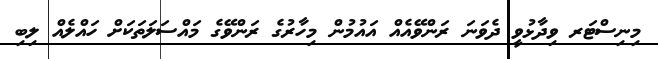
މިނިސްޓަރ ވިދާޅުވީ ދެވަނަ ރަންވޭއެއް އައުމުން މިހާރުގެ ރަންވޭގެ މައްސަލަތަކަށް ހައްލެއް ލިބި